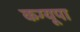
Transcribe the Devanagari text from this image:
कग्‍यूपा